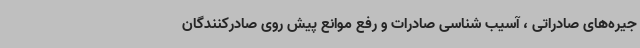
جیره‌های صادراتی ، آسیب شناسی صادرات و رفع موانع پیش روی صادرکنندگان